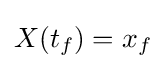
X(t_{f})=x_{f}